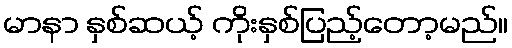
မာနာ နှစ်ဆယ့် ကိုးနှစ်ပြည့်တော့မည်။